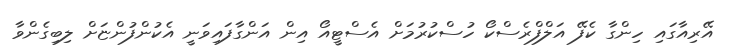
އޭރިއާގައި ހިންގާ ކެފޭ އަލްފްރެސްކޯ ހުސްކުރުމަށް އެސްޓީއޯ އިން އަންގާފައިވަނީ އެކުންފުންޏަށް ލިބިގެންވާ